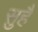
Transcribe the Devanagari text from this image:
सुहै